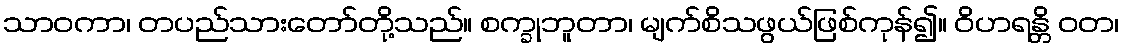
သာဝကာ၊ တပည်သားတော်တို့သည်။ စက္ခုဘူတာ၊ မျက်စိသဖွယ်ဖြစ်ကုန်၍။ ဝိဟရန္တိ ဝတ၊